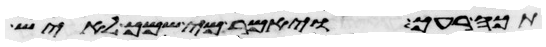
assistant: תכה רעך ויאמר מי שמך לאיש